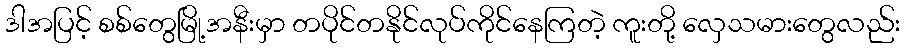
ဒါအပြင့် စစ်တွေမြို့အနီးမှာ တပိုင်တနိုင်လုပ်ကိုင်နေကြတဲ့ ကူးတို့ လှေသမားတွေလည်း